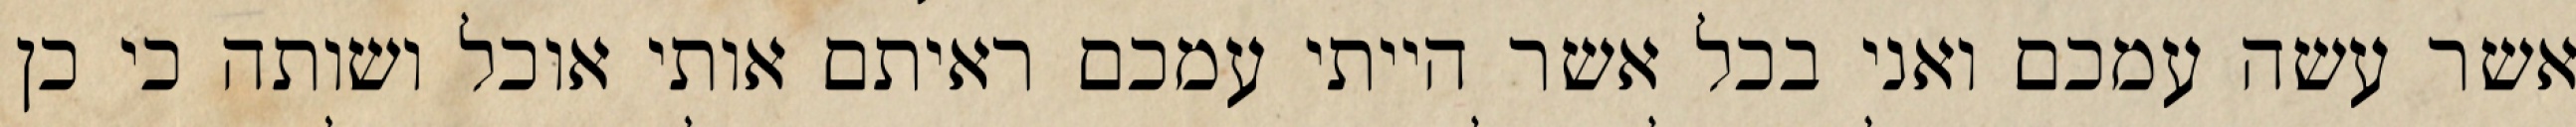
אשר עשה עמכם ואני בכל אשר הייתי עמכם ראיתם אותי אוכל ושותה כי כן